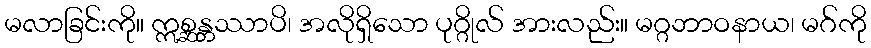
မလာခြင်းကို။ ဣစ္ဆန္တဿာပိ၊ အလိုရှိသော ပုဂ္ဂိုလ် အားလည်း။ မဂ္ဂဘာဝနာယ၊ မဂ်ကို